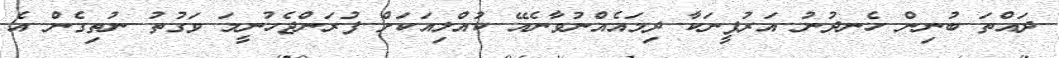
ދައްތަ ބުނިން ހެނދުނު އަރުފީނަކާ ދިމައެއްނުވާނެއޭ ކުއްލިއަކަށް ފުރަންޖެހުނީމަ ވަގުތު ނުތިގެން އެ